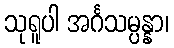
သုရူပါ အင်္ဂသမ္ပန္နာ၊